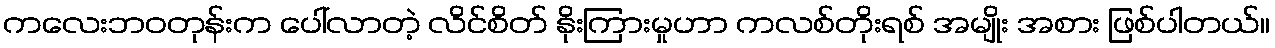
ကလေးဘဝတုန်းက ပေါ်လာတဲ့ လိင်စိတ် နိုးကြားမှုဟာ ကလစ်တိုးရစ် အမျိုး အစား ဖြစ်ပါတယ်။